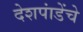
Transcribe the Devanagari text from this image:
देशपांडेंचे